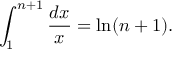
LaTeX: \int _ { 1 } ^ { n + 1 } { \frac { d x } { x } } = \ln ( n + 1 ) .